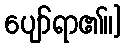
ပျော်ရာ၏။]